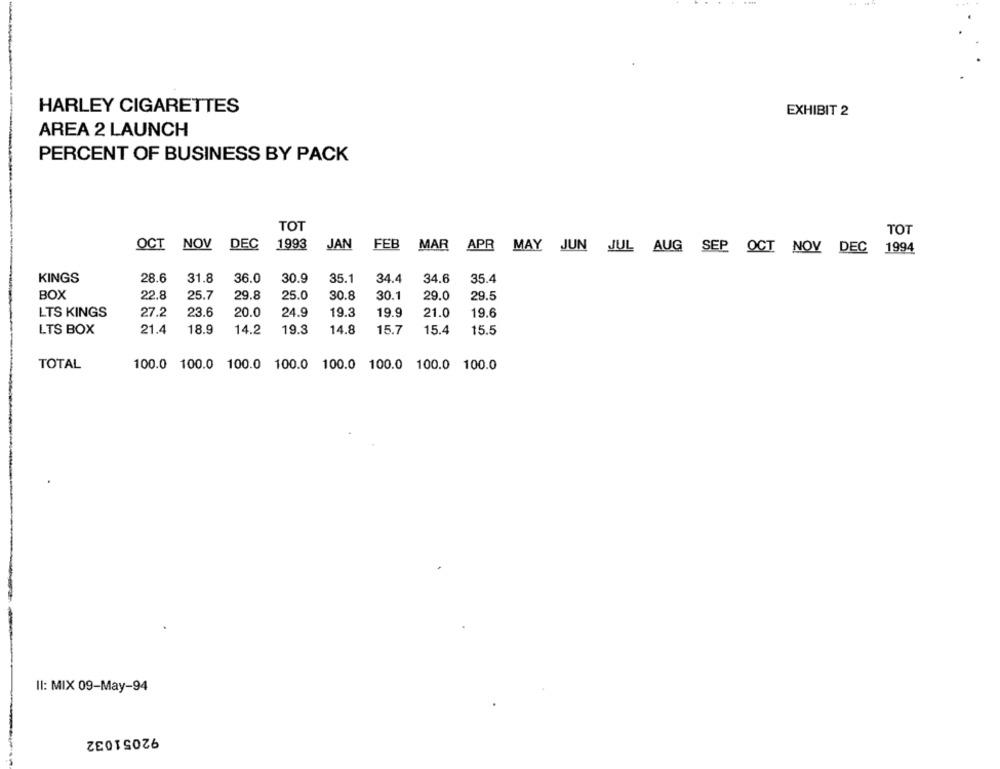
....
--
HARLEY CIGARETTES
EXHIBIT 2
AREA 2 LAUNCH
PERCENT OF BUSINESS BY PACK
TOT
TOT
OCT NOV
DEC
1993
JAN
FEB
MAR APR MAY JUN JUL AUG SEP OCT NOV DEC 1994
31.8
36.0
30.9
35.1
KINGS
28.6
34.4
34.6
35.4
BOX
22.8
25.7
29.8
25.0
30.8
30.1
29.0
29.5
LTS KINGS
27.2
23.6
20.0
24.9
19.3
19.9
21.0
19.6
LTS BOX
21.4
18.9
14.2
19.3
14.8
15.7
15.4
15.5
TOTAL
100.0 100.0 100.0 100.0 100.0 100.0 100.0 100.0
Il: MIX 09-May-94
92051032